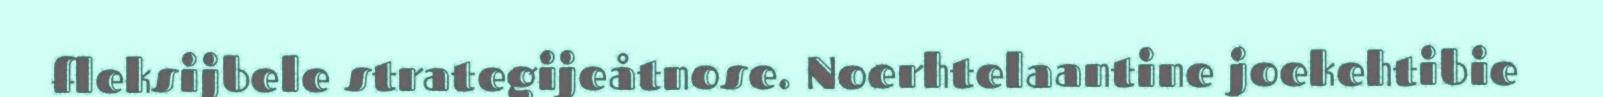
fleksijbele strategijeåtnose. Noerhtelaantine joekehtibie